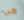
هي